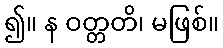
၍။ န ဝတ္တတိ၊ မဖြစ်။